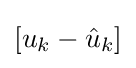
[u_{k}-{\hat {u}}_{k}]